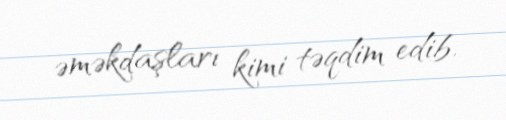
əməkdaşları kimi təqdim edib.